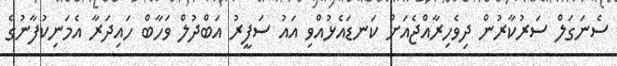
ސެނަގަލް ސަރުކާރުން ދިވެހިރާއްޖެއަށް ކަނޑައެޅުއްވި އައު ސަފީރު އަބްދުލް ވަހާބް ހައިދަރާ އެމަނިކުފާނުގެ